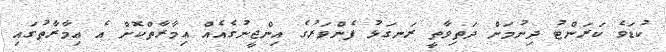
ކުޑަވެ ކަރަންޓު ދިނުމަށް ދަތިވާތީ ރަނގަޅު ފެންވަރުގެ އިންޖީނުގެއެއް ޢިމާރާތްކޮށް އެ ޢިމާރާތުގައި